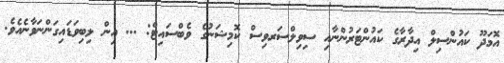
އޮމަދޫ ކައުންސިލް އިދާރާގެ ކައުންޓަރުންނާއި ސިވިލްސަރވިސް ކޮމިޝަނުގެ ވެބްސައިޓް: ... އިން ލިބިވަޑައިގަންނަވާނެއެވެ.